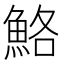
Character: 鮥